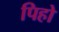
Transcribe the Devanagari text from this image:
पिहो